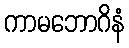
ကာမဘောဂိနံ